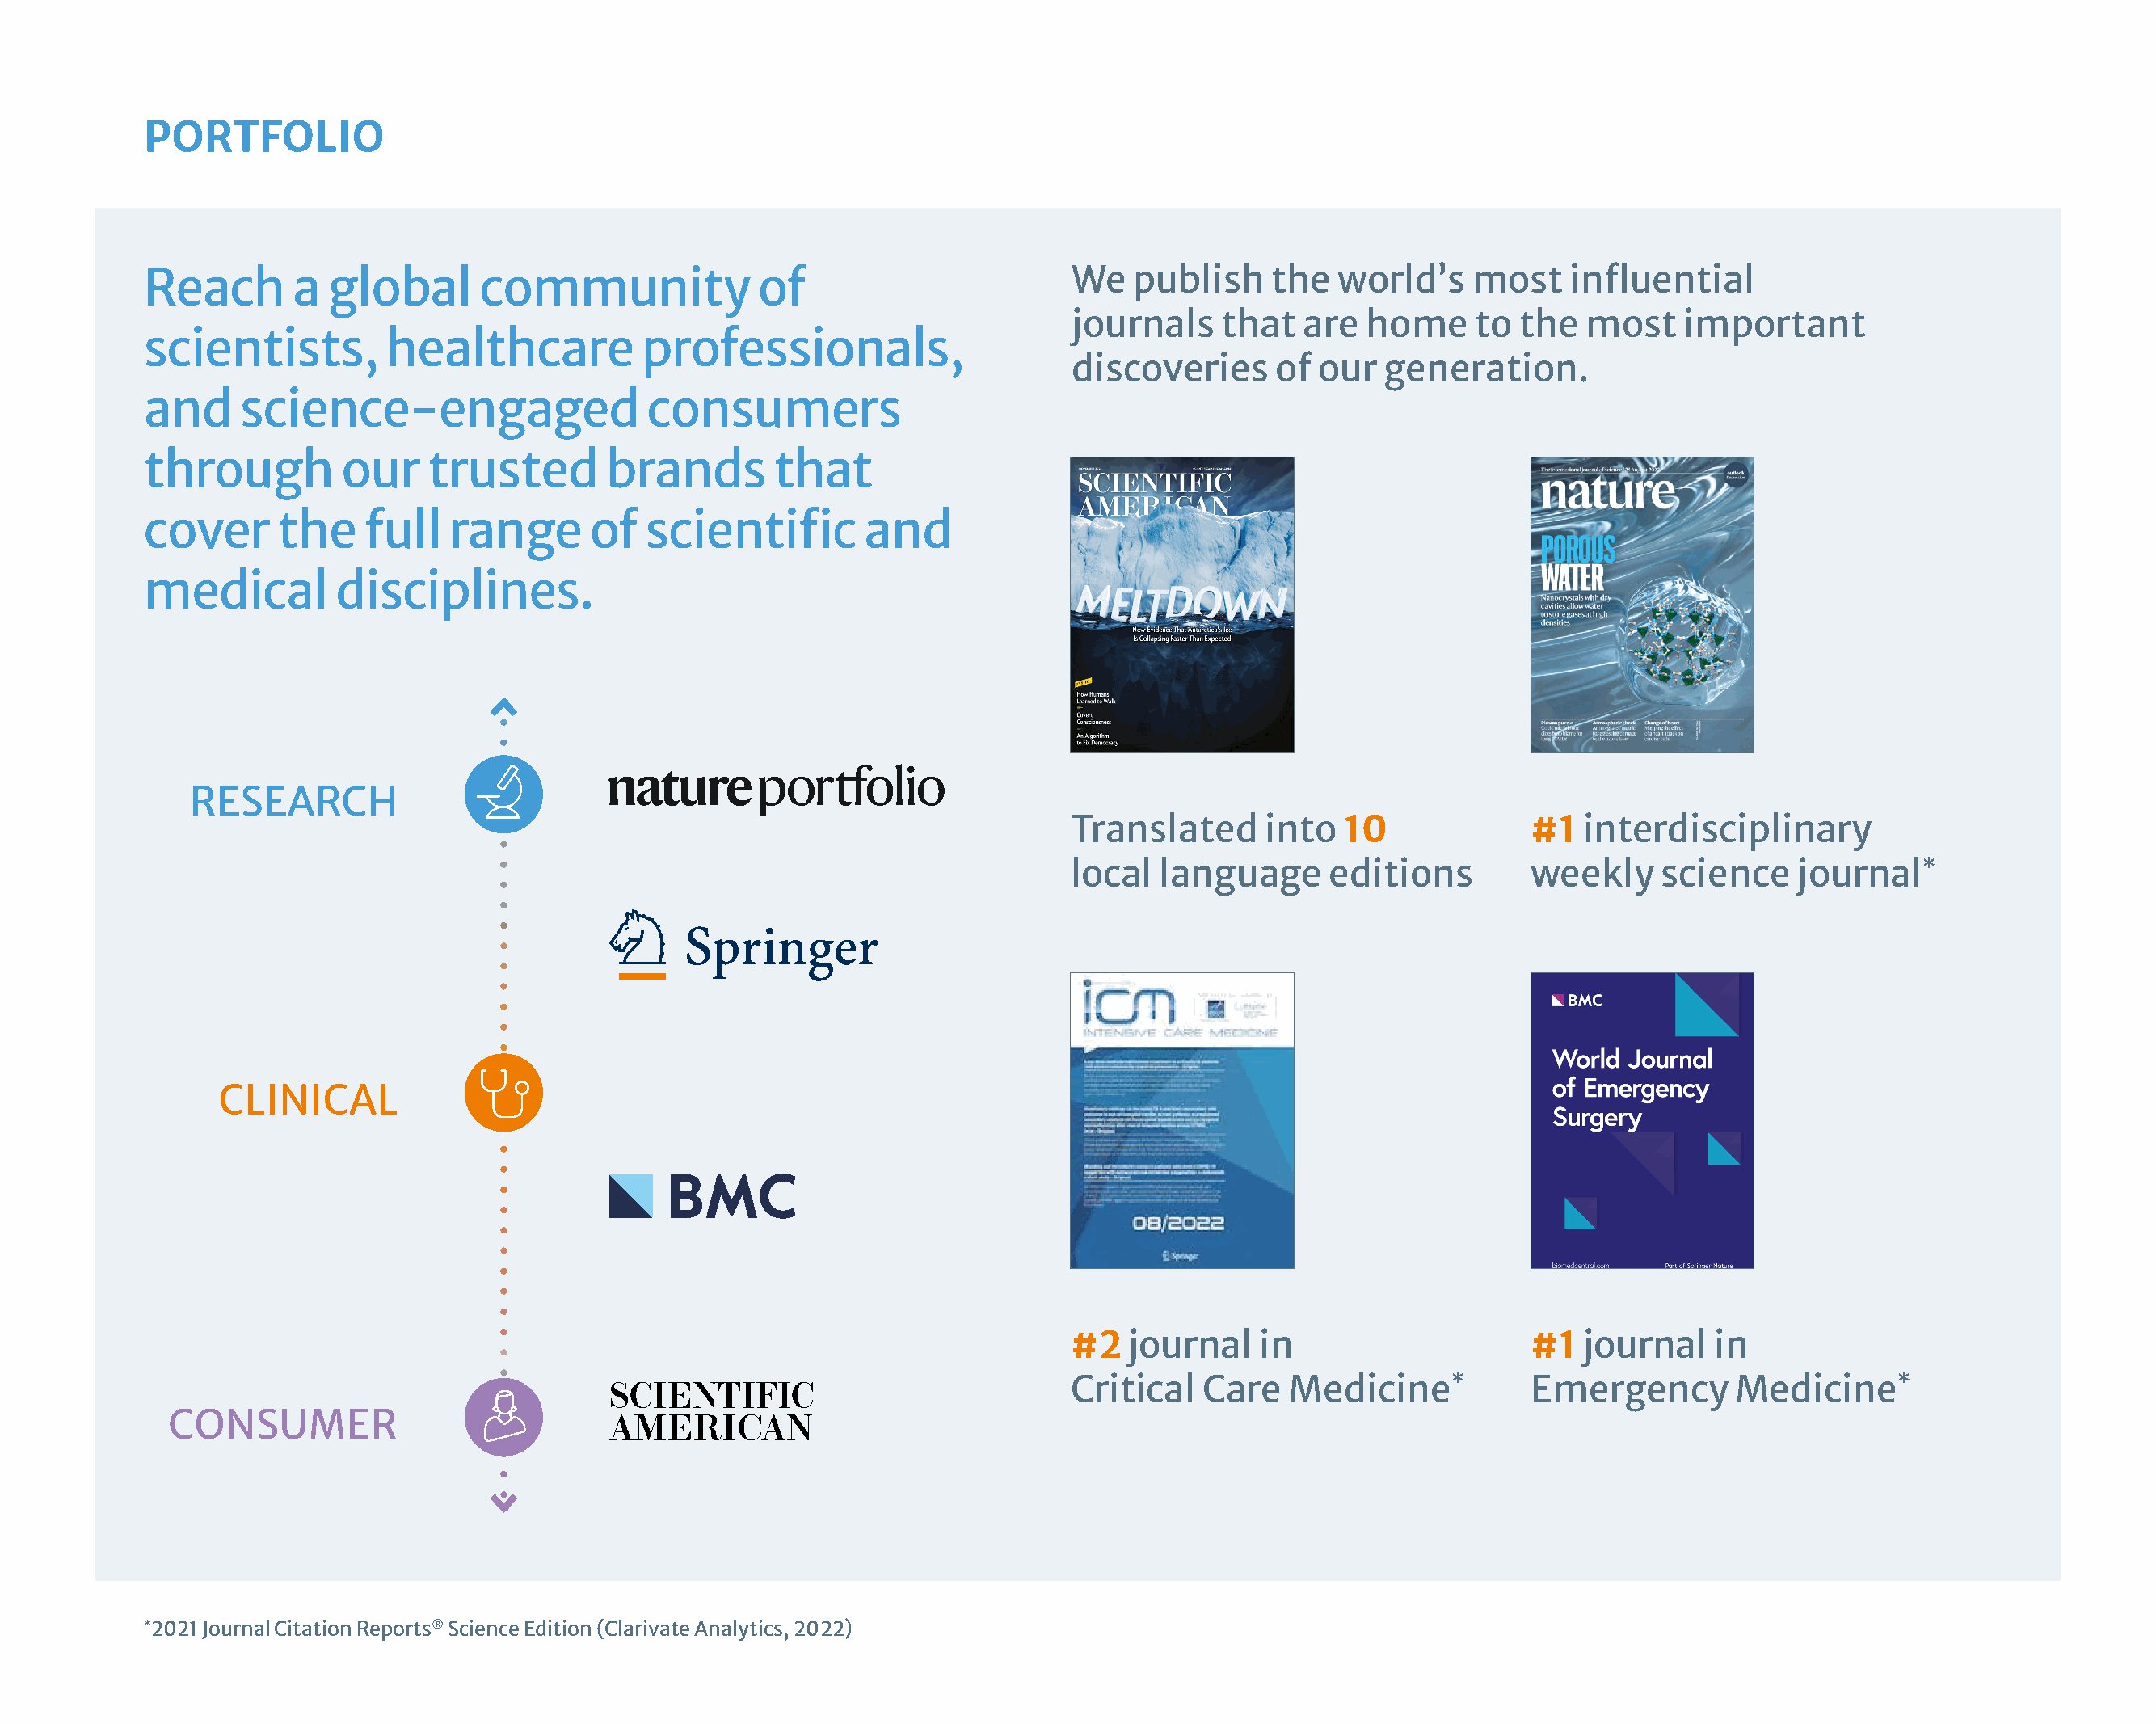
PORTFOLIO
 Reach       a  global      community              of                        We   publish    the   world’s    most    influential
 journals    that   are  home     to the   most    important
 scientists,         healthcare           professionals,
 discoveries     of  our  generation.
 and     science-engaged                  consumers
 through         our    trusted        brands       that
 cover      the    full   range      of   scientific        and
 medical        disciplines.
 RESEARCH
 Translated      into  10             #1   interdisciplinary
 local  language      editions        weekly     science    journal*
 CLINICAL
 #2  journal    in                    #1   journal   in
 Critical   Care   Medicine*          Emergency        Medicine*
 CONSUMER
 *2021 Journal Citation Reports® Science Edition (Clarivate Analytics, 2022)